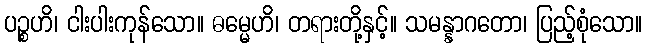
ပဉ္စဟိ၊ ငါးပါးကုန်သော။ ဓမ္မေဟိ၊ တရားတို့နှင့်။ သမန္နာဂတော၊ ပြည့်စုံသော။